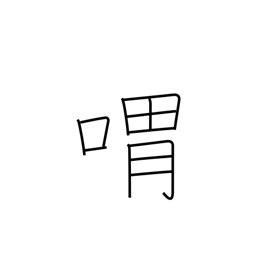
Meaning: moan